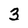
Character: 3